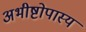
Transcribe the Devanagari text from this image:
अभीष्टोपास्य